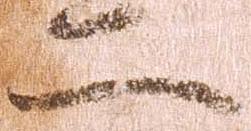
二